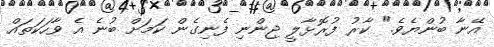
އޭނާ ބުންޔެވެ." ކާރު ފުރޮޅާލީ ޖިންނި ފެނިގެން ކަމަށް ބުނެ އެ ވާހަކަތައް